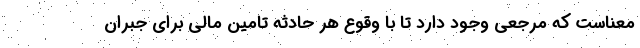
معناست که مرجعی وجود دارد تا با وقوع هر حادثه تامین مالی برای جبران